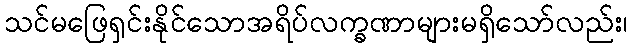
သင်မဖြေရှင်းနိုင်သောအရိပ်လက္ခဏာများမရှိသော်လည်း၊